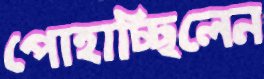
পোহাচ্ছিলেন